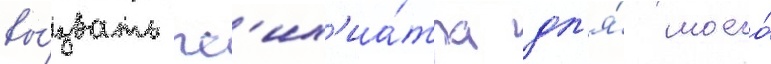
вы́звать пс'их'иа́тра дл'я́ моего́